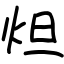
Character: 炟